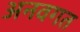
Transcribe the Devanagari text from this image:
अनवगत